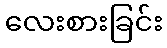
လေးစားခြင်း